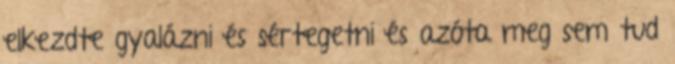
elkezdte gyalázni és sértegetni és azóta meg sem tud